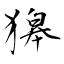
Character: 獆